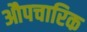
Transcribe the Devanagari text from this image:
औपचारिक